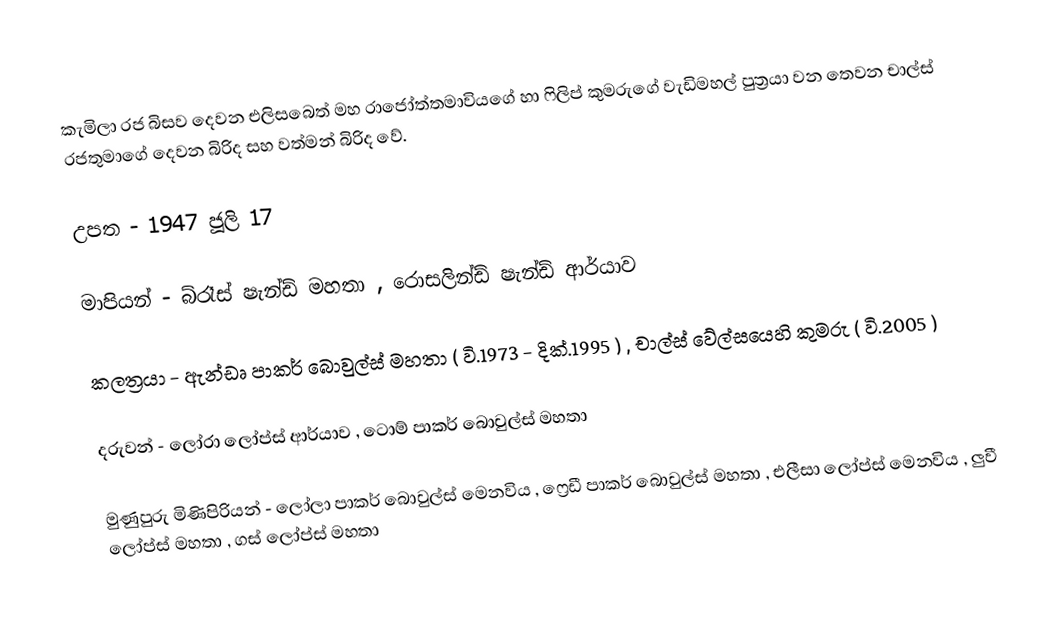
කැමිලා රජ බිසව දෙවන එලිසබෙත් මහ රාජෝත්තමාවියගේ හා ෆිලිප් කුමරුගේ වැඩිමහල් පුත්‍රයා වන තෙවන චාල්ස් රජතුමාගේ දෙවන බිරිද සහ වත්මන් බිරිද වේ.

උපත - 1947 ජූලි 17

මාපියන් - බ්රෑස් ෂැන්ඩ් මහතා , රොසලින්ඩ් ෂැන්ඩ් ආර්යාව

කලත්‍රයා - ඇන්ඩෘ පාකර් බොවුල්ස් මහතා ( වි.1973 - දික්.1995 ) , චාල්ස් වේල්සයෙහි කුමරු ( වි.2005 )

දරුවන් - ලෝරා ලෝප්ස් ආර්යාව , ටොම් පාකර් බොවුල්ස් මහතා

මුණුපුරු මිණිපිරියන් - ලෝලා පාකර් බොවුල්ස් මෙනවිය , ෆ්‍රෙඩී පාකර් බොවුල්ස් මහතා , එලීසා ලෝප්ස් මෙනවිය , ලුවී ලෝප්ස් මහතා , ගස් ලෝප්ස් මහතා